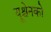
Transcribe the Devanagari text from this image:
यूश्चेनको